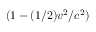
( 1 - ( 1 / 2 ) v ^ { 2 } / c ^ { 2 } )